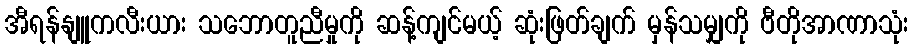
အီရန်နျူကလီးယား သဘောတူညီမှုကို ဆန့်ကျင်မယ့် ဆုံးဖြတ်ချက် မှန်သမျှကို ဗီတိုအာဏာသုံး